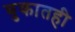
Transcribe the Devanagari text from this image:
बुकातही